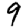
Digit: 9